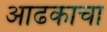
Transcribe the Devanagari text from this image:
आढकाचा